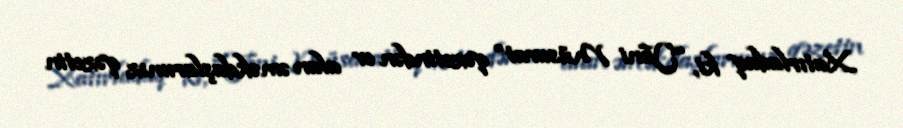
Xatırladaq ki, “Yeni Müsavat” qəzetindən ev alan əməkdaşlarımız qəzetin